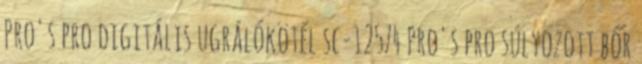
Pro's pro digitális ugrálókötél sc-12574 Pro's pro súlyozott bőr